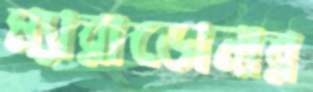
ম্যারাডোনার